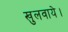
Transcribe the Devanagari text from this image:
खुलवाये।